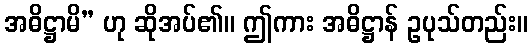
အဓိဋ္ဌာမိ” ဟု ဆိုအပ်၏။ ဤကား အဓိဋ္ဌာန် ဥပုသ်တည်း။